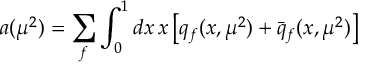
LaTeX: a ( \mu ^ { 2 } ) = \sum _ { f } \int _ { 0 } ^ { 1 } d x \, x \left[ q _ { f } ( x , \mu ^ { 2 } ) + \bar { q } _ { f } ( x , \mu ^ { 2 } ) \right]